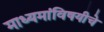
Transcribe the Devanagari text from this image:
माध्यमांविषयीचे